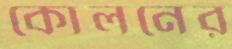
কোলনের